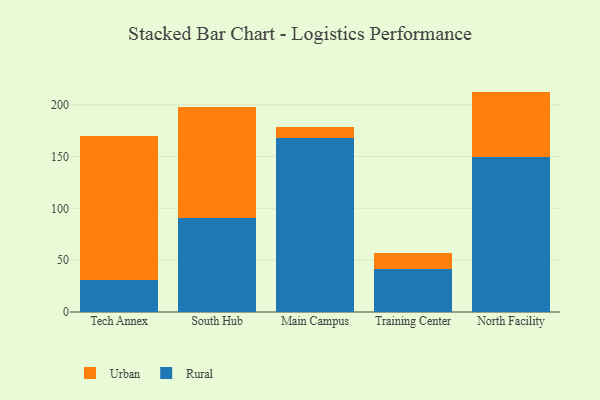
{"axis": {"x": "Campus", "y": "Active Users"}, "legend": ["Rural", "Urban"], "data": [{"x": "Tech Annex", "y": 30.6, "type": "Rural"}, {"x": "Tech Annex", "y": 139.0, "type": "Urban"}, {"x": "South Hub", "y": 90.6, "type": "Rural"}, {"x": "South Hub", "y": 106.8, "type": "Urban"}, {"x": "Main Campus", "y": 168.2, "type": "Rural"}, {"x": "Main Campus", "y": 10.3, "type": "Urban"}, {"x": "Training Center", "y": 41.8, "type": "Rural"}, {"x": "Training Center", "y": 14.9, "type": "Urban"}, {"x": "North Facility", "y": 149.6, "type": "Rural"}, {"x": "North Facility", "y": 63.0, "type": "Urban"}]}